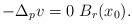
LaTeX: \begin{align*} -\Delta_p v = 0 \, \, B_r(x_0). \end{align*}